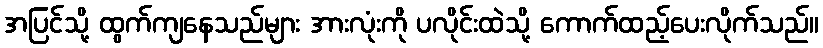
အပြင်သို့ ထွက်ကျနေသည်များ အားလုံးကို ပလိုင်းထဲသို့ ကောက်ထည့်ပေးလိုက်သည်။